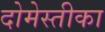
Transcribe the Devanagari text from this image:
दोमेस्तीका